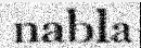
nabla